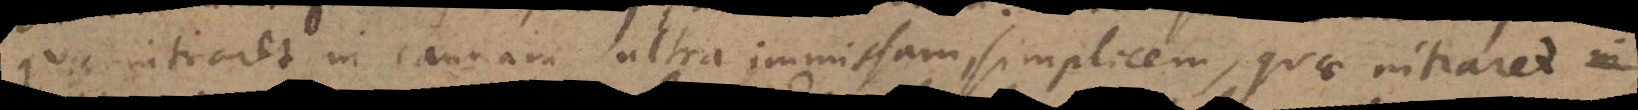
quae intraret in cannam ultra immissam, simplicem, quae intraret